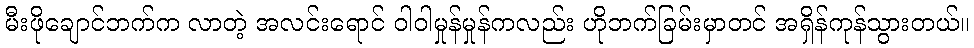
မီးဖိုချောင်ဘက်က လာတဲ့ အလင်းရောင် ဝါဝါမှုန်မှုန်ကလည်း ဟိုဘက်ခြမ်းမှာတင် အရှိန်ကုန်သွားတယ်။